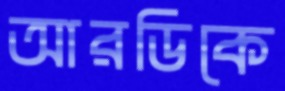
আরডিকে